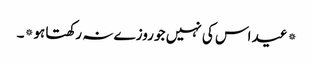
*عید اس کی نہیں جو روزے نہ رکھتا ہو*۔